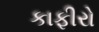
કાફીરો